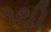
૧થી